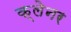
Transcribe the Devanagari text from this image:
क्लेनर